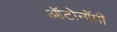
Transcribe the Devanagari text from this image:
ऑटोनॉमी